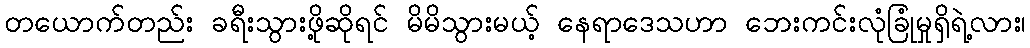
တယောက်တည်း ခရီးသွားဖို့ဆိုရင် မိမိသွားမယ့် နေရာဒေသဟာ ဘေးကင်းလုံခြုံမှုရှိရဲ့လား၊